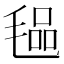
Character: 𭯞